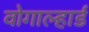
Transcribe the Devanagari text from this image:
वोगाल्हार्ड